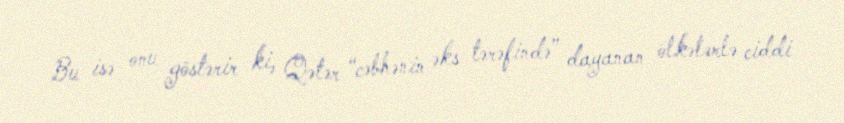
Bu isə onu göstərir ki, Qətər “cəbhənin əks tərəfində” dayanan ölkələrlə ciddi